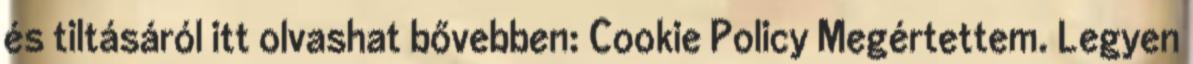
és tiltásáról itt olvashat bővebben: Cookie Policy Megértettem. Legyen